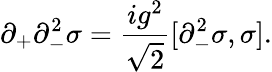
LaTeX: \partial_{+}\partial_{-}^{2}\sigma={\frac{ig^{2}}{\sqrt{2}}}[\partial_{-}^{2}\sigma,\sigma].